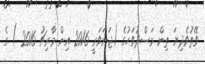
ވޭތުވެދިޔަ ތިން މަސްދުވަހުގެ (ޖަނަވަރީ 2016 އިން މާރިޗު 2016 ) ގެ